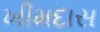
ખીમદાસ